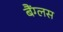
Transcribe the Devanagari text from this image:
बैंग्लस